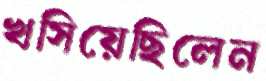
খসিয়েছিলেন